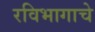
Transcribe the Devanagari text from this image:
रविभागाचे